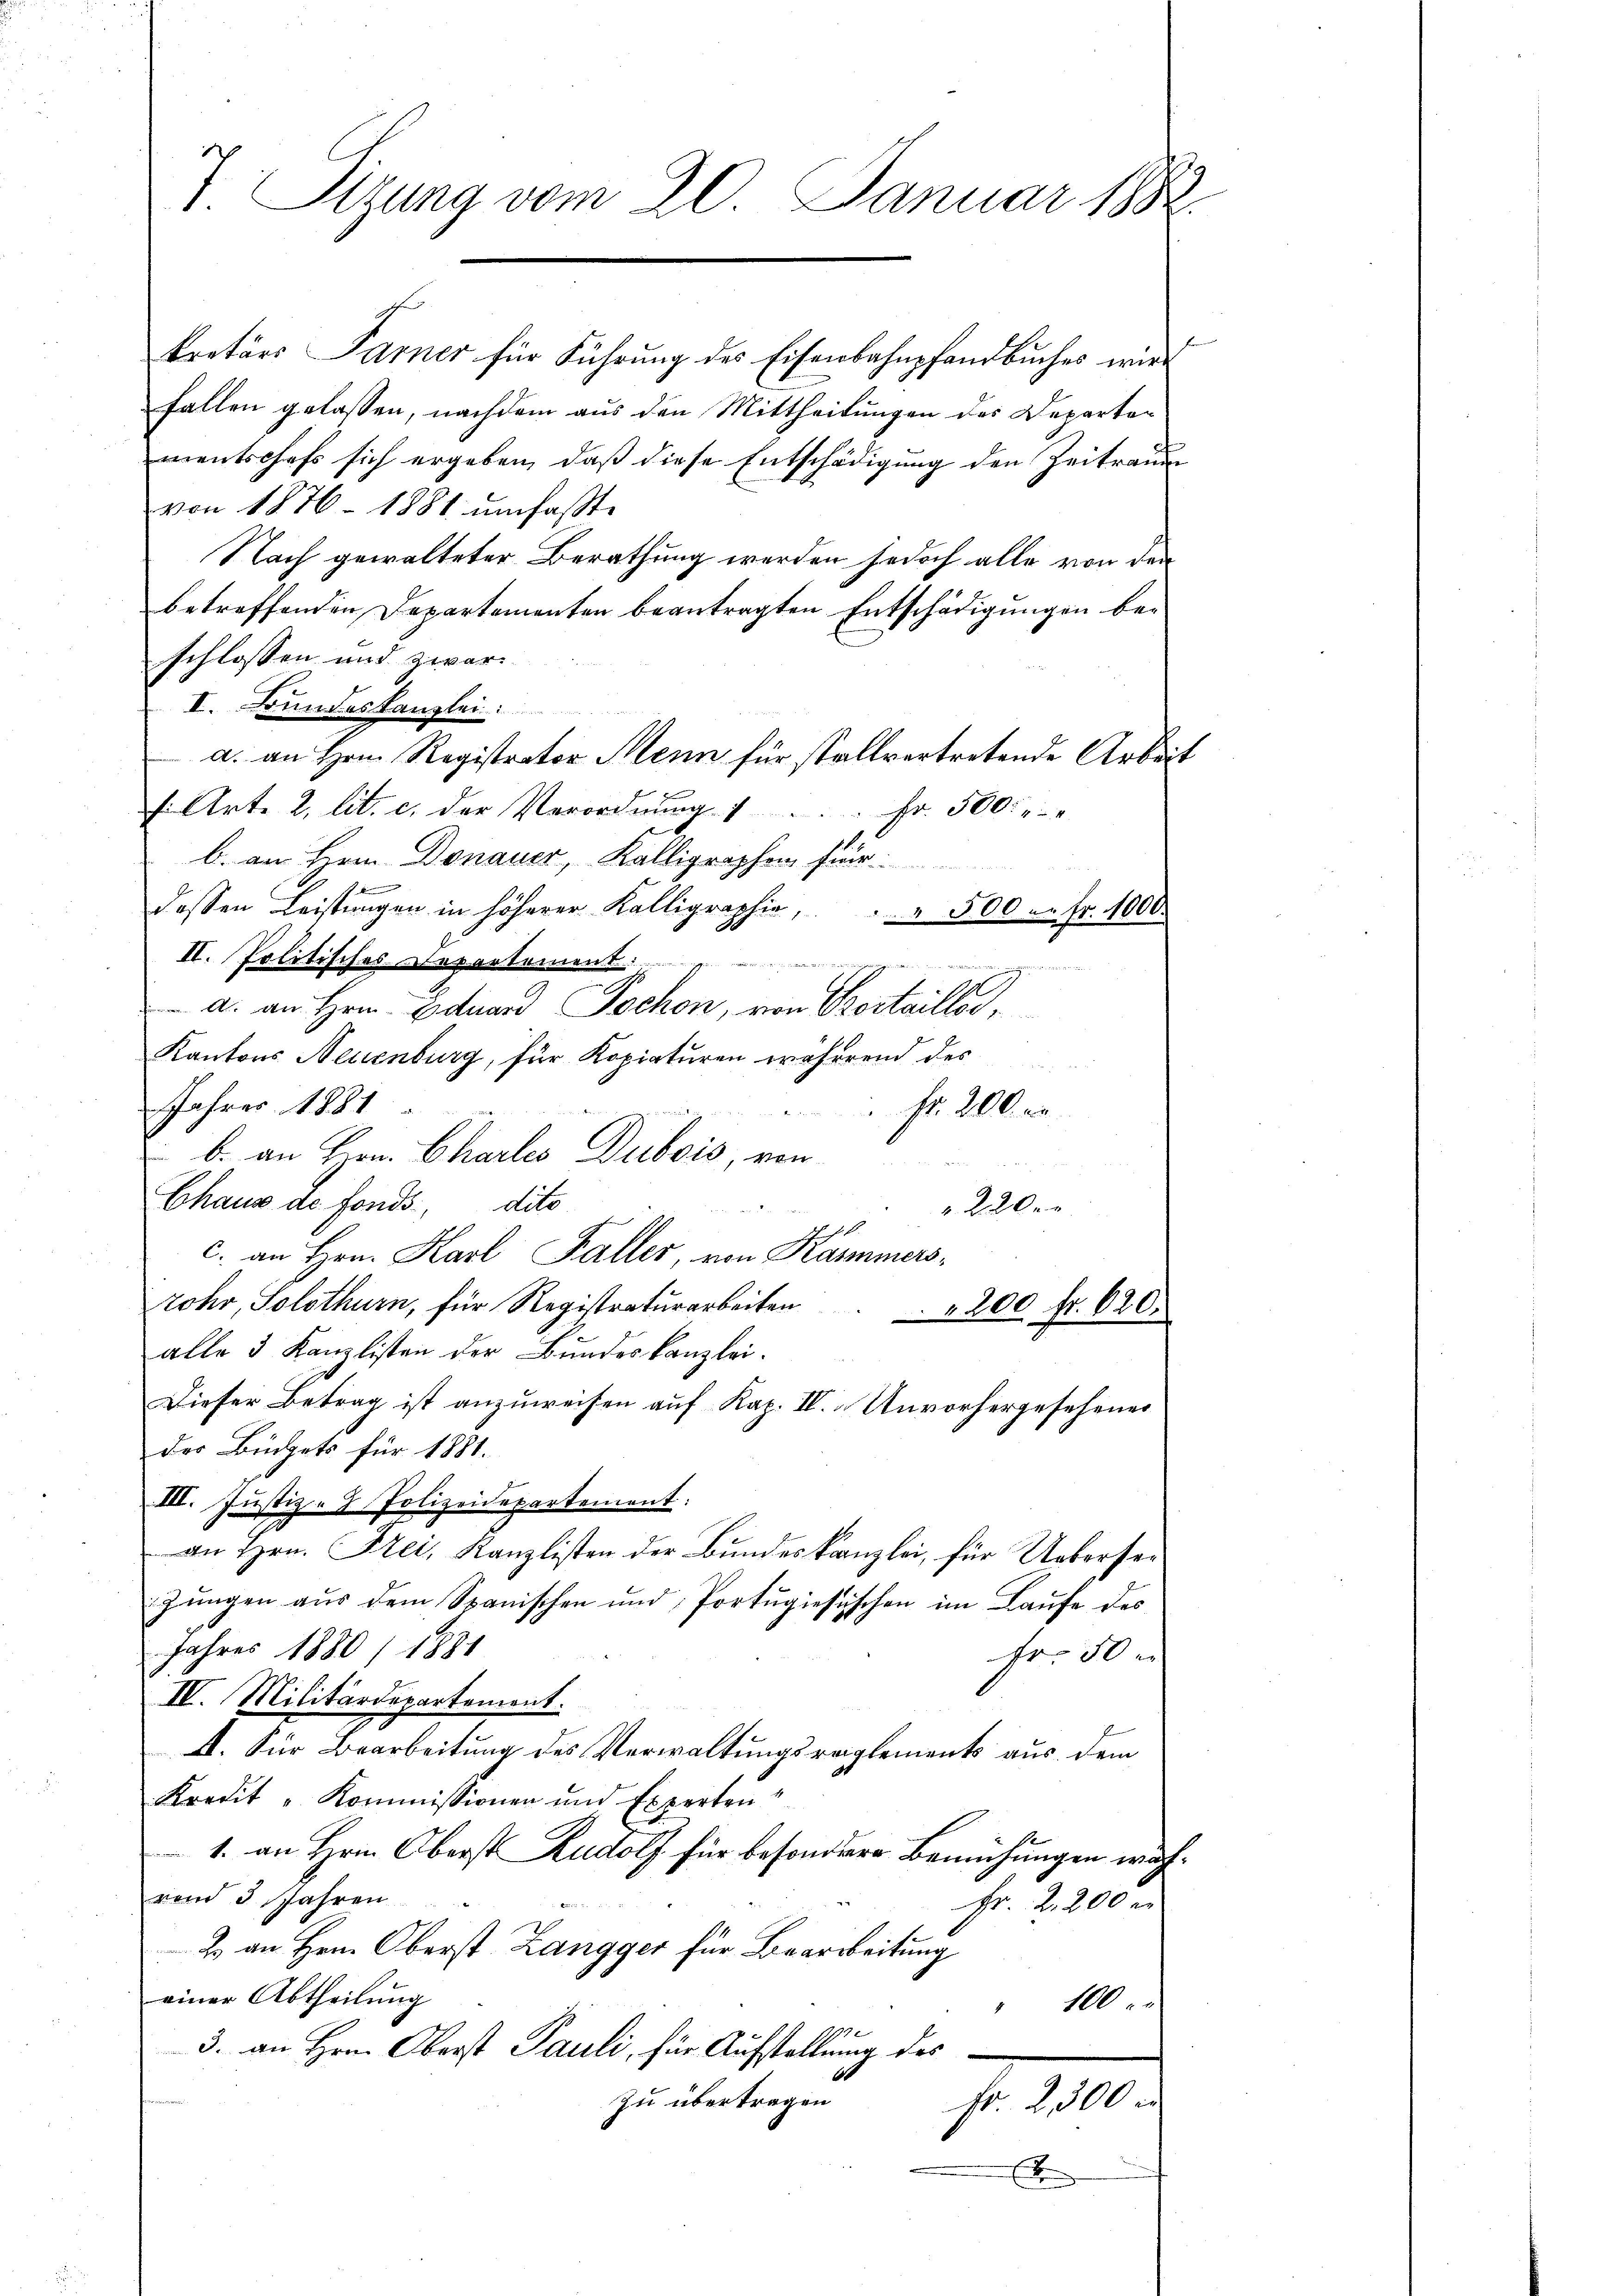
7. Sizung vom 20. Januar 1882

feren
kretärs Farner für Führung des Eisenbahnpfandbuches wird
Fallen gelassen, nachdem aus den Mittheilungen des Departementschaft sich ergeben, daß diese Entschädigung den Zeitraum
von 1876 - 1881 umfasste
Nach gewalteter Berathung werden jedoch alle von den
betreffenden Departementen beantragten Entschädigungen beschlossen und zwar
I. Bundeskanzlei
a. an Hrn. Registrator Mein für stallvertretende Arbeit
1 Art. 2. lit. c. der Verordnŭng  .. . fr. 500. " "
b. an Hrn. Donauer, Kalligraphen für
b
dessen Leistungen in höherer Kölligraphie,  .. . 500 u. fr. 1000.
II. Politisches Departement
 a. an Hrn. Eduard Tochon, von Portaillos,
Kantons Neuenburg, für Kopiaturen während des
Jahres 1881
fr. 200.
b. an Hrn. Charles Dubois, von
Chaus de fonds dito
220.
c. an Hrn. Karl Faller, von Kammersrohr, Solothurn, für Registratŭrarbeiten . . . 200 fr. 680.
alle 3 Kanzlisten der Bundeskanzlei.
Dieser Betrag ist anzuweisen auf Kap. II. Unvorhergesehenes
der Büdgets für 1881.
III. Justiz- & Polizeidepartement:
an Hrn. Frei, Kanzlisten der Bundeskanzlei, für Uebersee
Zŭngen aŭs dem Spanischen und Portugisischen im Laŭfe des
Jahres 1880 / 1881
Fr. 50
IV. Militärdepartement.
A. Für Bearbeitung des Verwaltungsreglements aus dem
Kredit „Kommissionen und Experten
1. an Hrn. Oberst Rudolf für besondere Bemühungen während 3 Jahren
4
Fr. 2. 200
2. an Hrn. Oberst Zangger für Bearbeitung
einer Abtheilung
" 100
3. an Hrn. Oberst Pauli, für Aufstellung des
zu übertragen
Fr. 2300 in
n